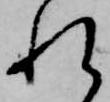
れ